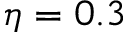
\eta = 0 . 3